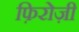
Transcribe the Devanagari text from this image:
फ़िरोज़ी